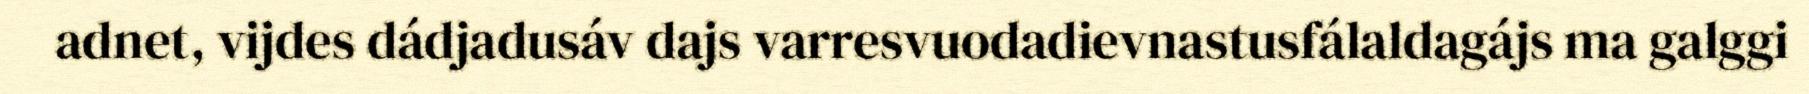
adnet, vijdes dádjadusáv dajs varresvuodadievnastusfálaldagájs ma galggi